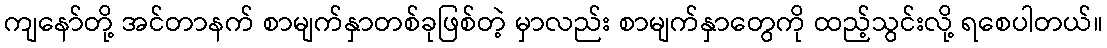
ကျနော်တို့ အင်တာနက် စာမျက်နှာတစ်ခုဖြစ်တဲ့ မှာလည်း စာမျက်နှာတွေကို ထည့်သွင်းလို့ ရစေပါတယ်။